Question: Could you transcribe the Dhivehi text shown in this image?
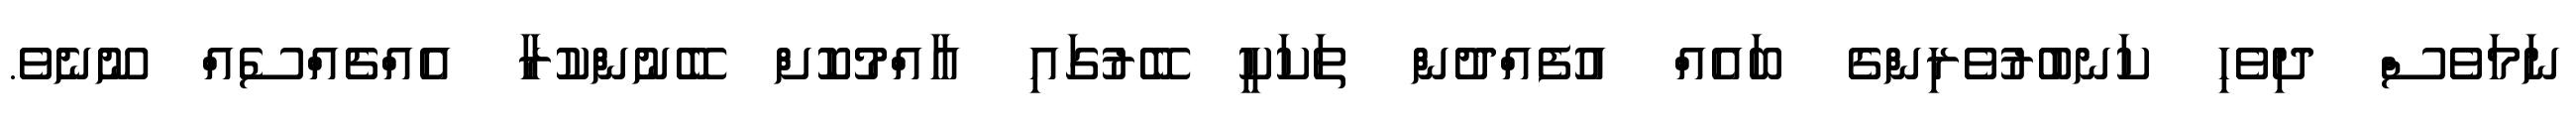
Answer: ނަމަވެސް ދިވެހި ކަނބުރުވެރިންގެ ބައެއް އުފެއްދުން ތަކަކީ ބޭރުގައި އާއްމުކޮށް ބޭނުންކުރާ އެއްޗެއްސެއް ނޫނެވެ.